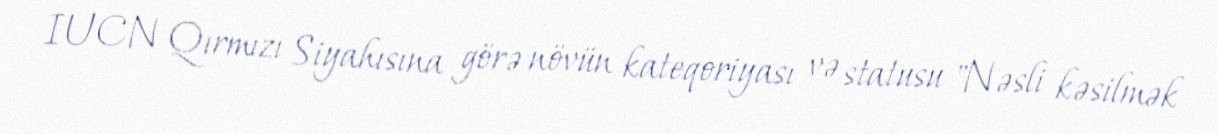
IUCN Qırmızı Siyahısına görə növün kateqoriyası və statusu "Nəsli kəsilmək